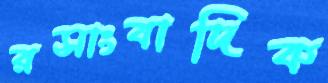
রসাংবাদিক